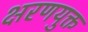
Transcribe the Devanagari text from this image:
क्षरणयुक्त